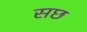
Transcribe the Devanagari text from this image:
सछ